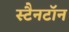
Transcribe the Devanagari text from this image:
स्टैनटॉन